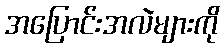
အပြောင်းအလဲများကို